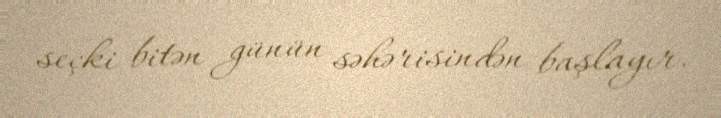
seçki bitən günün səhərisindən başlayır.